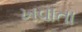
ખવાતા